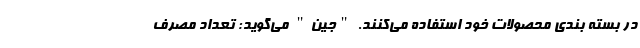
در بسته بندی محصولات خود استفاده می‌کنند. "جین" می‌گوید: تعداد مصرف